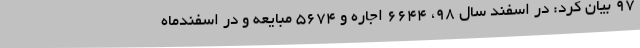
97 بیان کرد: در اسفند سال 98، 6644 اجاره و 5674 مبایعه و در اسفندماه